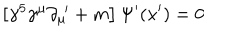
\left[ \gamma ^ { 5 } \gamma ^ { \mu } \partial _ { \mu } ^ { \, \, \prime } + m \right] \Psi ^ { \prime } ( x ^ { \prime } ) = 0